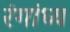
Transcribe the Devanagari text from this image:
रंगांध्य